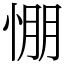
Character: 㥊